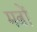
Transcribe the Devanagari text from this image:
मत्रों